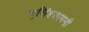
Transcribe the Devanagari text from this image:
नृसिंहतापनी